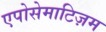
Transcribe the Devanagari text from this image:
एपोसेमाटिज़म